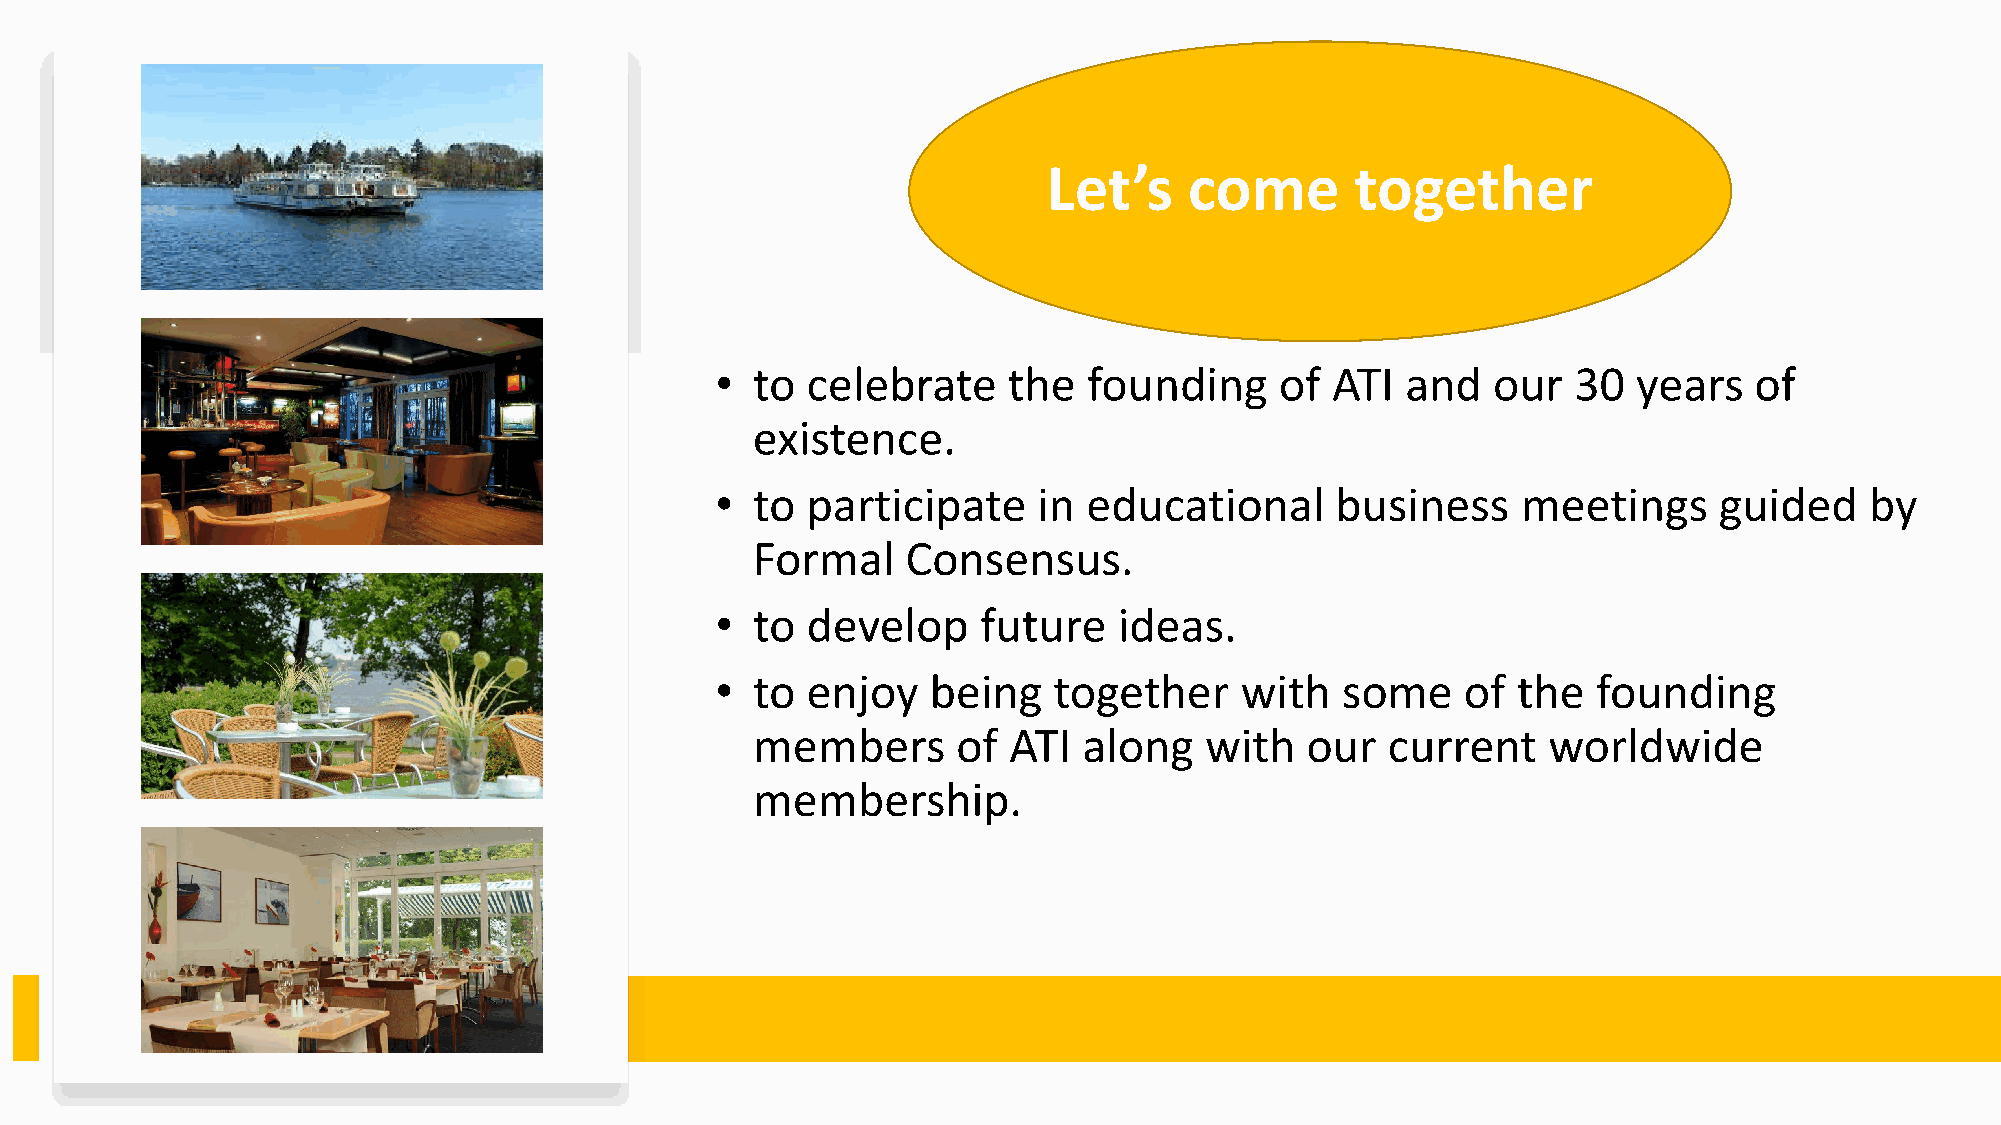
Let’s     come       together
 •  to celebrate     the  founding     of ATI  and   our  30  years   of
 existence.
 •  to participate     in educational     business     meetings     guided    by
 Formal    Consensus.
 •  to develop     future   ideas.
 •  to enjoy    being   together    with   some    of the   founding
 members      of  ATI  along   with  our   current   worldwide
 membership.